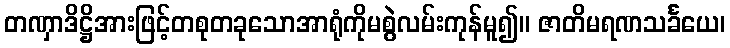
တဏှာဒိဋ္ဌိအားဖြင့်တစုတခုသောအာရုံကိုမစွဲလမ်းကုန်မူ၍။ ဇာတိမရဏသင်္ခယေ၊